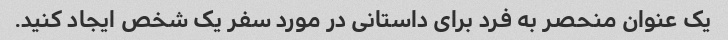
یک عنوان منحصر به فرد برای داستانی در مورد سفر یک شخص ایجاد کنید.